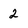
Character: 2